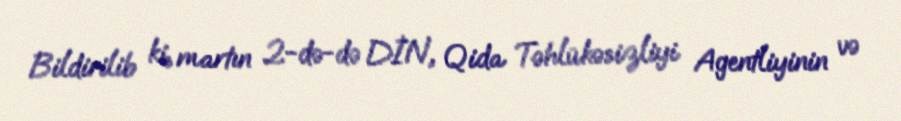
Bildirilib ki, martın 2-də-də DİN, Qida Təhlükəsizliyi Agentliyinin və